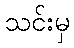
သင်းမှ